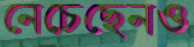
নেচেছেনও